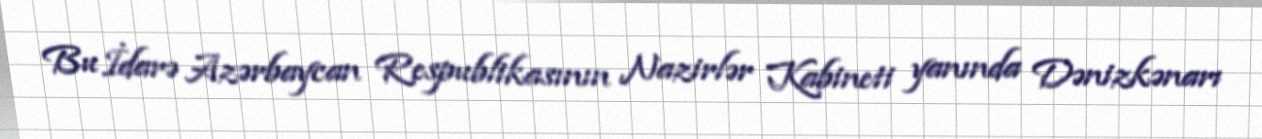
Bu İdarə Azərbaycan Respublikasının Nazirlər Kabineti yanında Dənizkənarı